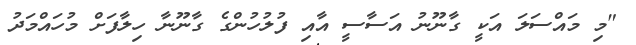
"މި މައްސަލަ އަކީ ގާނޫނު އަސާސީ އާއި ފުލުހުންގެ ގާނޫނާ ހިލާފަށް މުހައްމަދު